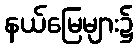
နယ်မြေများ၌